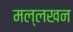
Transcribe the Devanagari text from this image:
मल्लखन